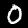
Digit: 0